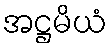
အဋ္ဌမိယံ